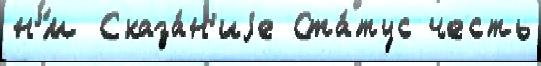
н'́м Сказа́н'иjе Ста́тус честь